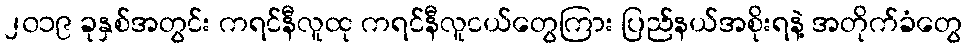
၂၀၁၉ ခုနှစ်အတွင်း ကရင်နီလူထု ကရင်နီလူငယ်တွေကြား ပြည်နယ်အစိုးရနဲ့ အတိုက်ခံတွေ